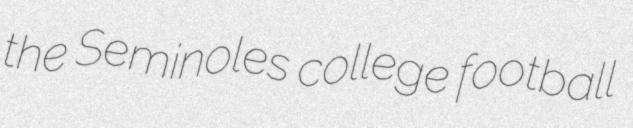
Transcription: the Seminoles college football